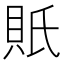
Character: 𧵄